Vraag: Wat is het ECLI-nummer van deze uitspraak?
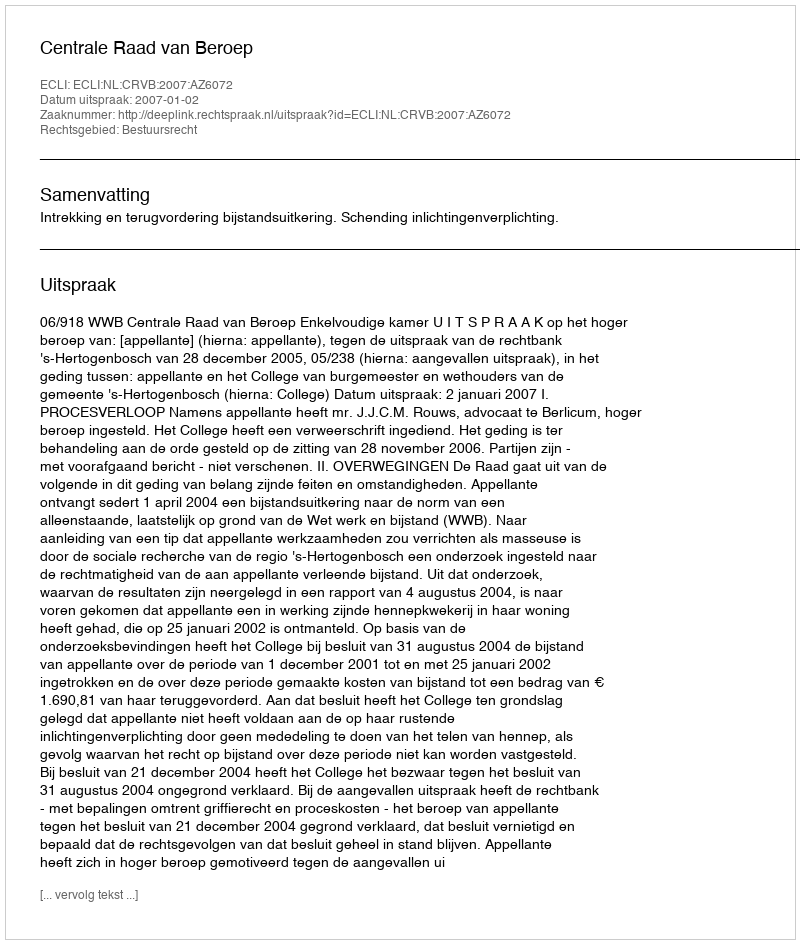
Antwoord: ECLI:NL:CRVB:2007:AZ6072